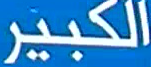
الكبير